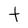
Character: t